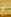
أو